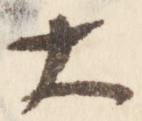
大